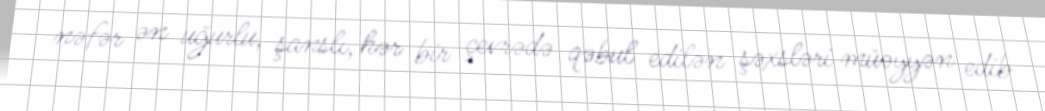
nəfər ən uğurlu, şanslı, hər bir çevrədə qəbul edilən şəxsləri müəyyən edib